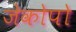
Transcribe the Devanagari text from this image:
जेकोपो